Vana-Antsla_vallavalitsus, lk 25
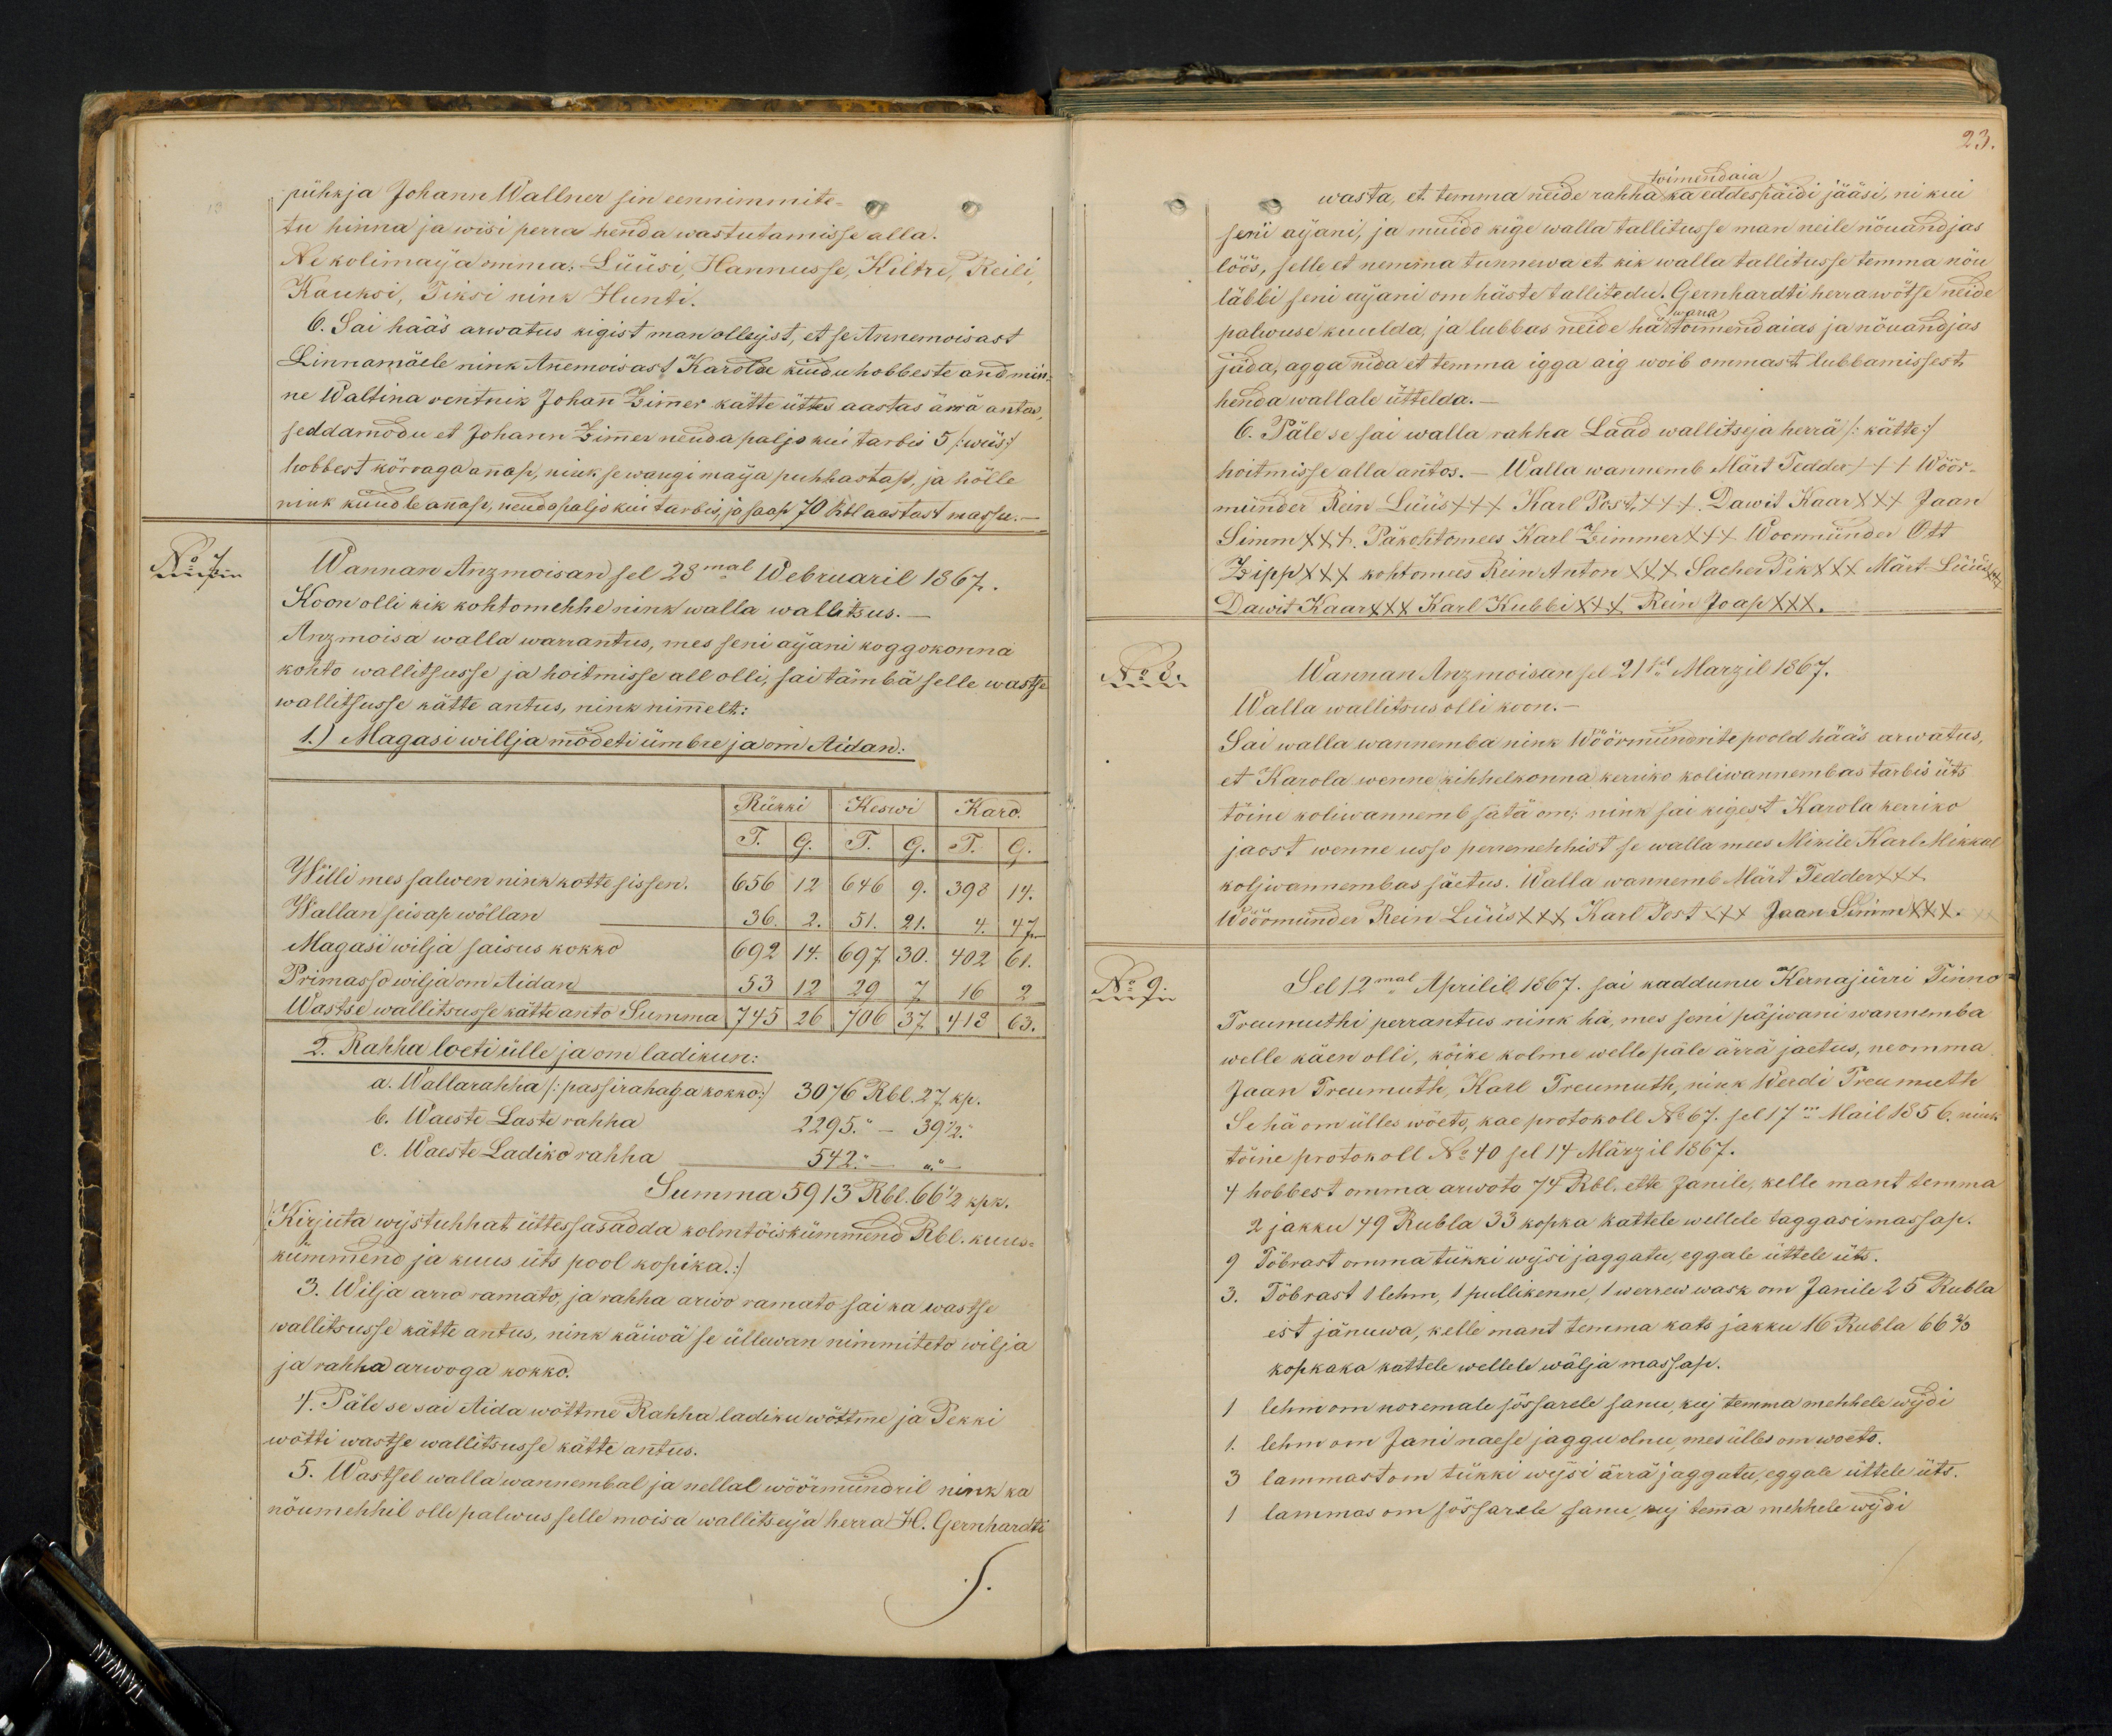
pühkja Johann Wallner sin eennimmite-
tu hinna ja wisi perra henda wastutamisse alla.
Ne kolimaja omma. Lüüsi, Hannusse, Kiltre, Reili,
Kauksi, Piksi nink Hunti.
6. Sai hääs arwatus kigist man olleijst, et se Annemoisast
Linnamäele nink Annemõisast Karola kiudu hobbeste andmin-
ne Waltina rentnik Johan Zimmer kätte üttes aastas ärra antas
seddamodu, et Johann Zimmer nenda paljo kui tarbis 5 /:wiis:/
hobbest körraga annap, nink se wangi maija puhhastap, ja hölle
nink kündle annap, nendo paljo kui tarbis ja saap 70 Rbl aastast massu.-
No 7
Wannan Anzmoisan sel 28mal Webruaril 1867.
Koon olli kik kohtomehhe nink walla wallitsus.-
Anzmoisa walla warrantus, mes seni aijani koggokonna
kohto wallitsusse ja hoitmisse all olli, sai tämbä selle wastse
wallitsusse kätte antus, nink nimmelt:
1) Magasi wilja mödeti ümbre ja om Aidan:
Rükki
Keswi
Karo
T. G. T. G. T. G.
Willi mes salwen nink kotte sissen.
656 12 646 9. 398 14.
Wallan seisap wöllan
36. 2. 51. 21. 4. 47.
Magasi wilja saisus kokko
692 14. 697. 30. 402 61.
Primasso wilja om Aidan
53 12 29 7 16 2
Wastse wallitsusse kätte anto Summa
745 26 706 37 413 63
2. Rahha loeti ülle ja om ladikun:
a. Wallarahha /:passirahaga kokko:/ 3076 Rbl. 27 kp.
b. Waeste Laste rahha
2295 " 39 1/2.
c. Waeste Ladiko rahha
542 " "
Summa 5913 Rbl. 66 1/2 kpk.
/:Kirjuta wijstuhhat üttessasadda kolmtöiskümmend Rbl. kuus-
kümmend ja kuus üts pool kopika.:/
3. Wilja arro ramato, ja rahha arwo ramato sai ka wastse
wallitsusse kätte antus, nink käiwä se üllewan nimmiteta wilja
ja rahha arwoga kokko.
4. Päle se sai Aida wöttme Rahha ladiku wöttme ja Pekki
wötti wastse wallitsusse kätte antus.
5. Wastsel walla wannembal ja nellal wöörmündril nink ka
nöumehhil olle palwus selle moisa wallitseija herra H. Gernhardti

23.
toimendaia
wasta, et temma neide rahha ka eddespäidi jääsi, ni kui
seni aijani, ja muido kige walla tallitusse man neile nöuandjas
löös, selle et nemma tunnewa et kik walla tallitusse temma nõu
läbbi seni aijani om häste tallitedu. Gernhardti herra wötse neide
palwuse kuulda, ja lubbas neide hä warra toimend aias ja nöuandjas
jäda, agga nida et temma igga aig woib ommast lubbamissest
henda wallale üttelda.-
6. Päle se sai walla rahha Laad wallitseja herra /:kätte:/
hoidmisse alla antos. - Walla wannemb Märt Tedder +++ Wöör-
münder Rein Lüüs +++ Karl Post, +++ Dawit Kaar +++ Jaan
Simm XXX Päkohtomees Karl Zimmer +++ Woomünder Ott
Zipp XXX kohtomees Rein Anton XXX Sachel Pik XXX Märt Lüüs
Dawit Kaar XXX Karl Kubbi XXX Rein Joap XXX.
No 8.
Wannan Anzmoisan sel 21sel Marzil 1867.
Walla wallitsus olli koon.-
Sai walla wannemba nink Wöörmünderite poold hääs arwatus
et Karola wenne kihhelkonna kerriko koliwannembas tarbis üts
tõine koliwannemb jäta on; nink sai kigest Karola kerriko
jaost wenne usso perremehhist se wallamees Mikile Karl Mikkel
koljwannembas jäetus. Walla wannemb Märt Tedder +++
Wöörmünder Rein Lüüs XXX Karl Post +++ Jaan Simm +++
No 9.
Sel 12mal Aprilil 1867. sai kaddunu Kernajürri Tinno
Treumuthi perrantus nink hä, mes seni päiwani wannemba
welle käen olli, köike kolme welle päle ärra jaetus, ne omma
Jaan Treumuth, Karl Treumuth, nink Werdi Treumuth
Se hä om ülles wöeto, kae protokoll No 67. sel 17m Mail 1856. nink
töine protokoll No 40 sel 14 Märzil 1867.
4 hobbest omma arwoto 74 Rbl. ette Janile, kelle mant temma
2 jakku 49 Rubla 33 kopka kattele wellele taggasimassap.
9 Tõbrast omma tükki wijsi jaggatu, eggale üttele üts.
3. Tõbrast 1 lehm, 1 pullikenne, 1 werrew wask om Janile 25 Rubla
est jänuwa, kelle mant temma kats jakku 16 Rubla 66 2/3
kopkaka kattele wellele wälja massap.
1 lehm om noremale sõssarele sanu, kuj temma mehhele wijdi
1. lehm om Jani naese jaggu olnu mes ülles om woets.
3 lammast om tükki wijsi ärra jaggatu, eggale üttele üts.
1 lamas on sõssarele sanu kuj temma mehhele wijdi